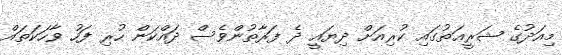
މިއަދުގެ ޝަރީޢަތުގައި ކުރިއަށް ދިޔައީ ދެ ފަރާތުންވެސް ދައްކަން ހުރި ފަހު ވާހަކަތައް